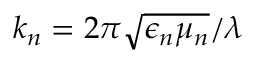
k _ { n } = 2 \pi \sqrt { \epsilon _ { n } \mu _ { n } } / \lambda